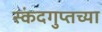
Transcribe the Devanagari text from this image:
स्कंदगुप्तच्या